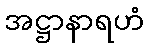
အဋ္ဌာနာရဟံ